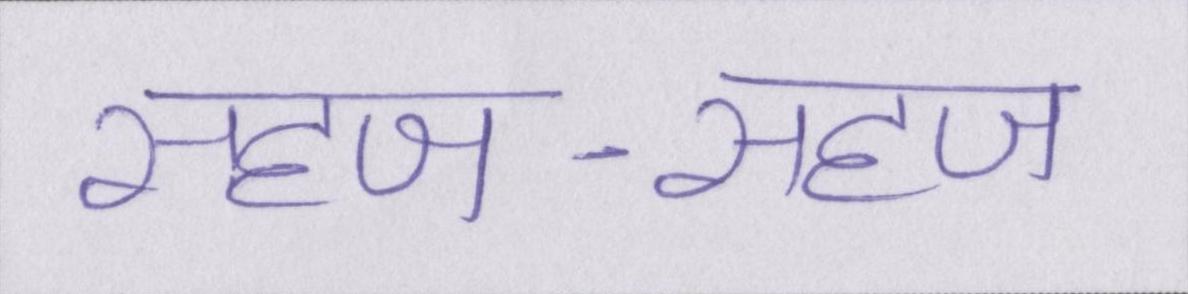
सहज-सहज